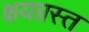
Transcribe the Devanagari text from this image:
क्षयग्रस्त